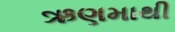
ઋણમાથી